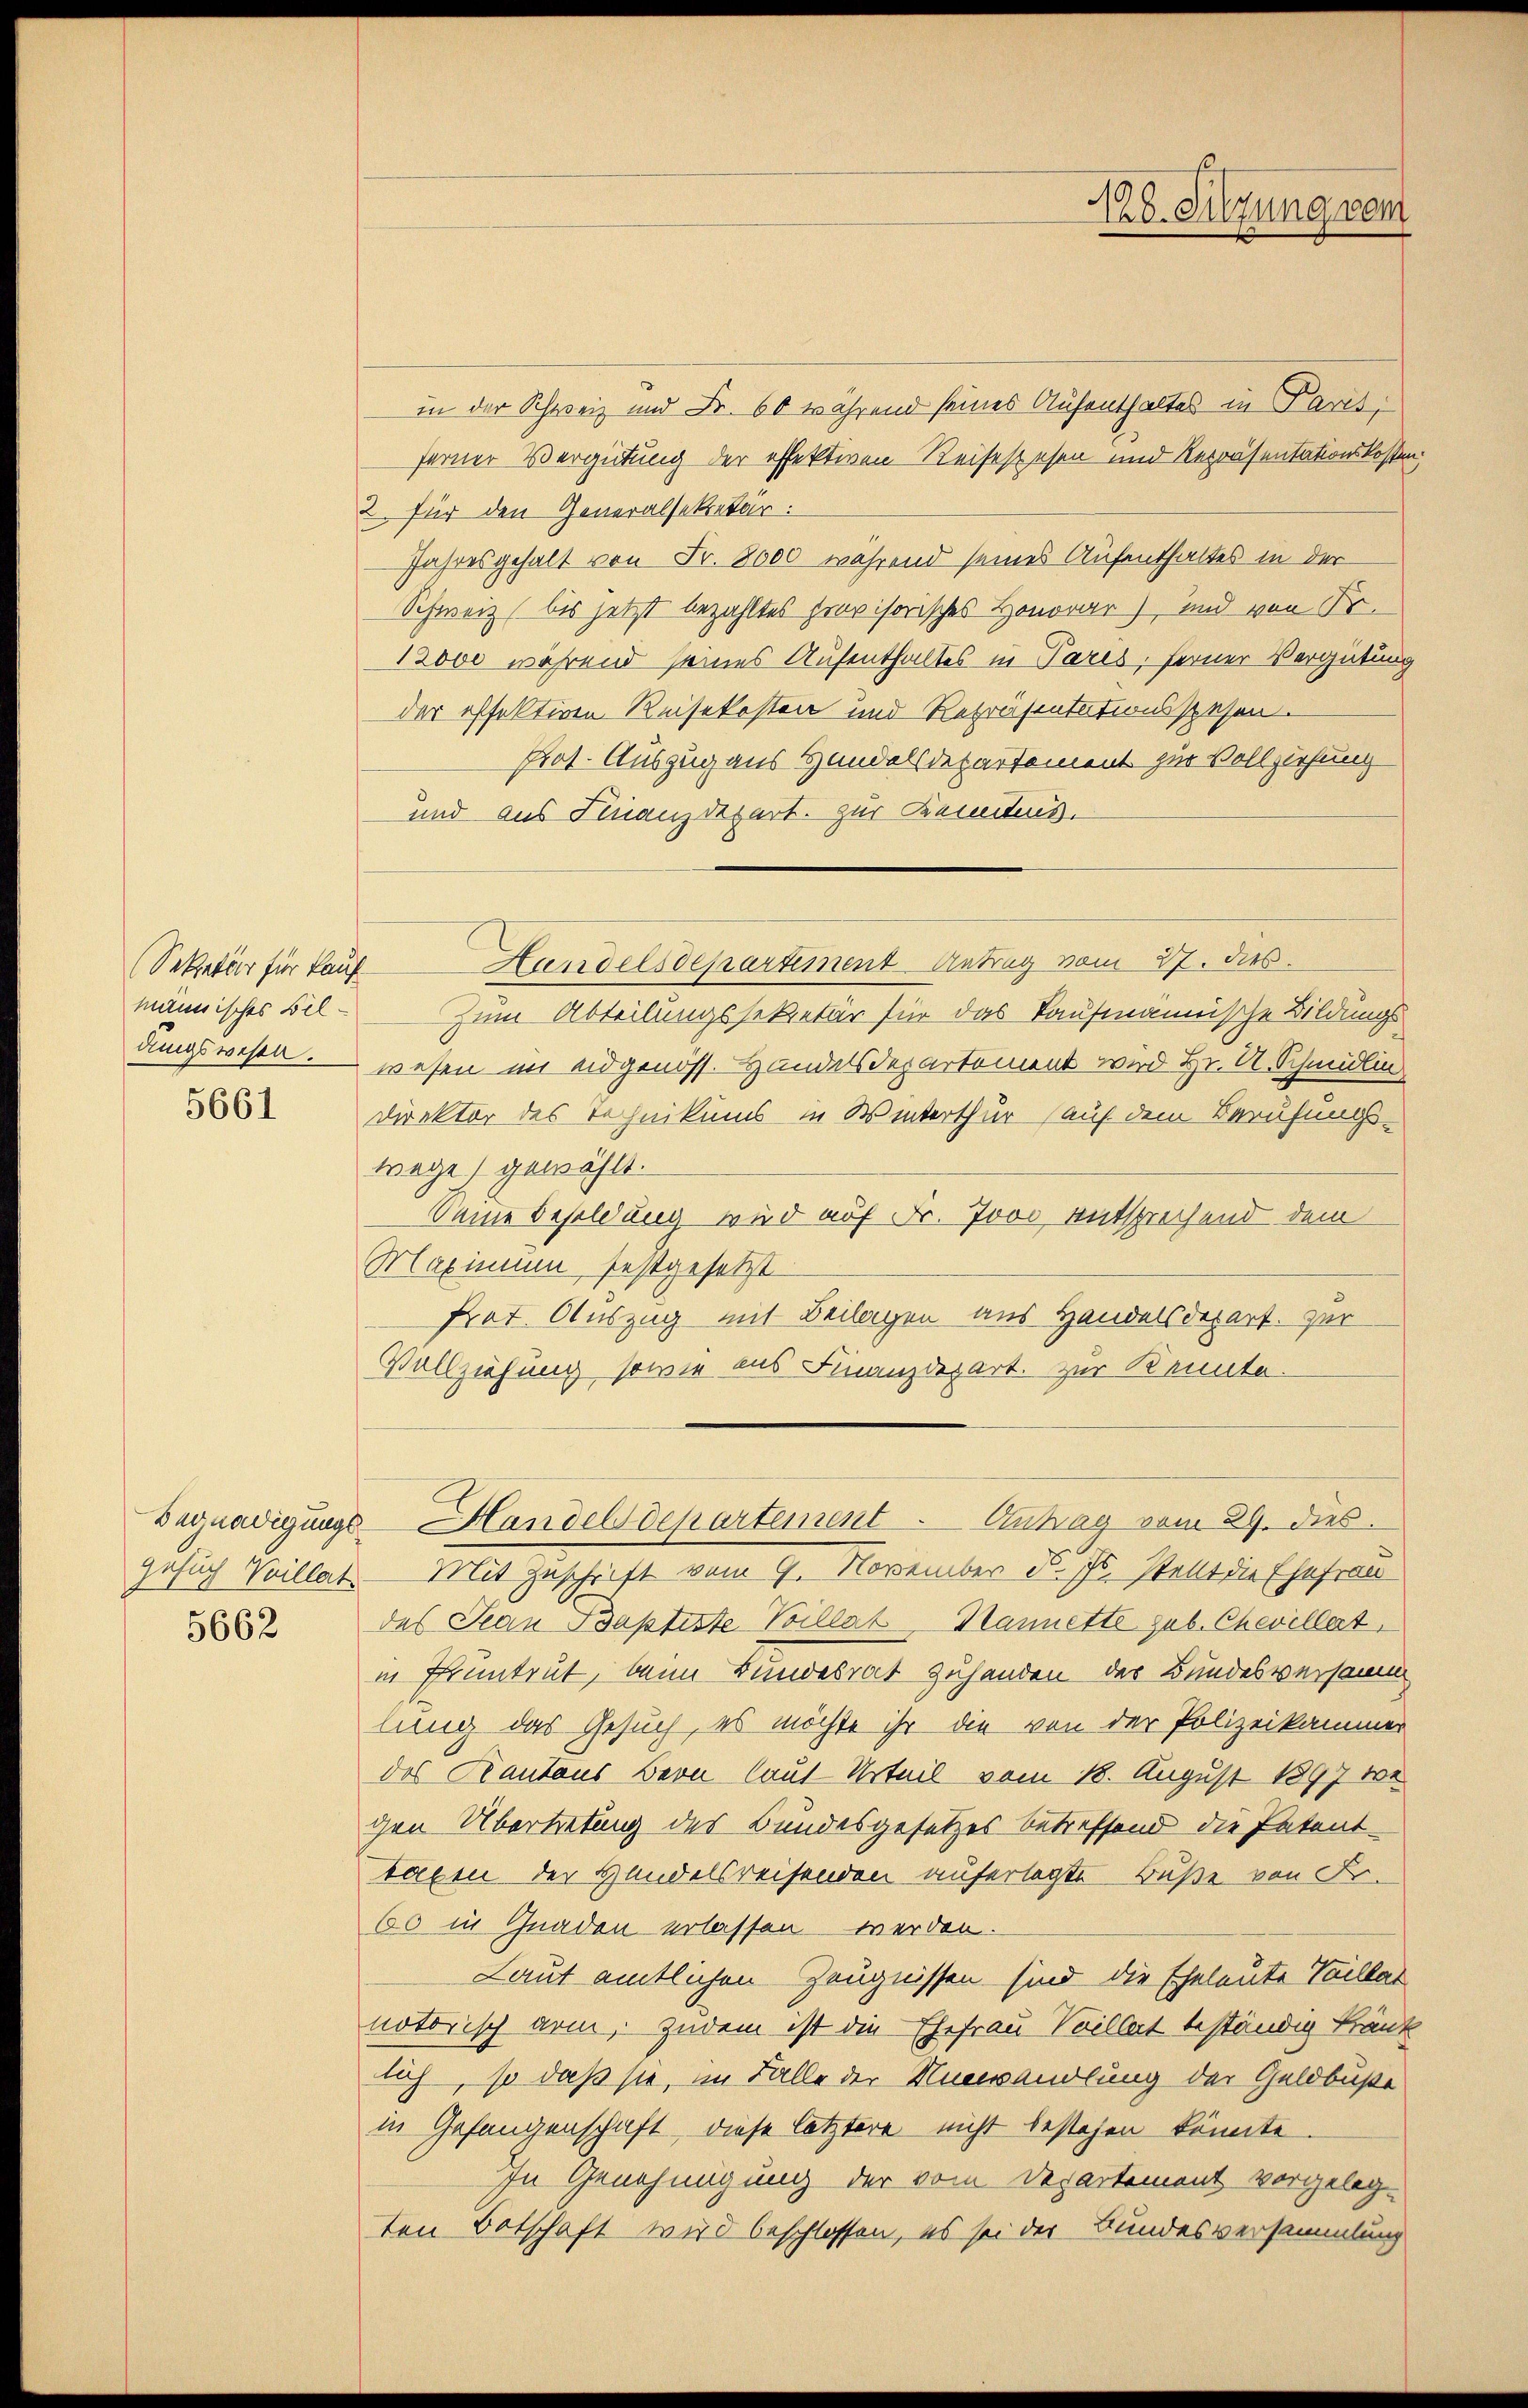
(Sekretär für Kauf
männisches Bildungswesen.

5661

5662

in der Schweiz und Fr. 60 während seines Aufenthaltes in Paris,
ferner Vergütung der effektiven Reisespesen und Repräsentationskosten.
2. für den Generalsekretär:
Jahresgehalt von Fr. 8000 während seines Aufenthaltes in der
Schweiz (bis jetzt bezahltes provisorisches Honorar), und von Fr.
12000 während seines Aufenthaltes in Paris, ferner Vergütung
der offektiven Reisekosten und Repräsentationsspesen.
Prot. Auszug aus Handelsdepartement zur Vollziehung
und aus Finanzdepart. zur Kenntnis.
Handelsdepartiment Antrag vom 27. dies
Zum Abteilungssekretär für das Kaufmännische Bildungs
wesen im eidgenöss. Handelsdepartement wird Hr. U. Schmidlin
Direktor des Technikums in Winterthur (auf dem Berufungswege gewählt.
Deine Besoldung wird auf Fr. 7000 entsprechend dem
Maxinium festgesetzt
Prot. Auszug mit Beilagen aus Handelsdepart. zur
Vollziehung sowie ins Finanzdepart. Zur Kennte.
Begnadigungs-Handelsdepartement. Antrag vom 29. dies
gesuch Veillat. Mit Zuschrift vom 9. November d. Js. stellt die Ehefrau
des Jean Baptiste Billat Kannette sub. Chevillat
in Pruntrut, beim Bundesrat zuhanden des Bundesversamm
lung das Gesuch, es möchte ihr die von der Polizeikammer
des Kantons Bern laut Urteil vom 18. August 1897 we
gen Übertretung des Bundesgesetzes betreffend die Patent-
taxen der Handelsreisenden auferlegte Buße von Fr.
60 in Gnaden erlassen werden.
Laut amtlichen Zeugnissen sind die Eheleute Vaillat
notorisch arm, zudem ist die Ehefrau Villat beständig kränk
lich, so daß sie, im Falle der Umwandlung der Geldbuße
in Gefangenschaft, diese letztere nicht bestehen könnte.
In Genehmigung der vom Departement vorgeleg-
ten Botschaft wird beschlossen, es sei der Bundesversammlung

18. Sitzung gem